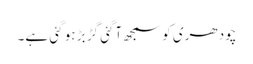
چودھری کو سمجھ آگئی گڑ بڑ ہو گئی ہے۔